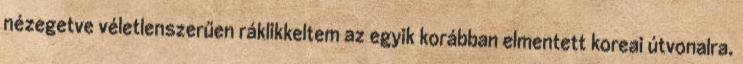
nézegetve véletlenszerűen ráklikkeltem az egyik korábban elmentett koreai útvonalra.